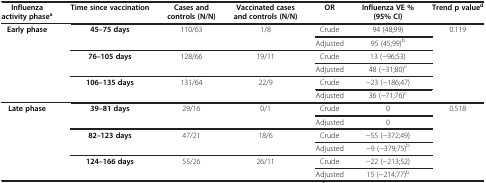
| Influenza activity phasea | Time since vaccination | Cases and controls (N/N) | Vaccinated cases and controls (N/N) | OR | Influenza VE % (95% CI) | Trend p valued |
 | --- | --- | --- | --- | --- | --- | --- |
 | <ROWSPAN=6> Early phase | <ROWSPAN=2> 45–75 days | <ROWSPAN=2> 110/63 | <ROWSPAN=2> 1/8 | Crude | 94 (48;99) | <ROWSPAN=6> 0.119 |
 | Adjusted | 95 (45;99)b |
 | <ROWSPAN=2> 76–105 days | <ROWSPAN=2> 128/66 | <ROWSPAN=2> 19/11 | Crude | 13 (−96;53) |
 | Adjusted | 48 (−31;80)c |
 | <ROWSPAN=2> 106–135 days | <ROWSPAN=2> 131/64 | <ROWSPAN=2> 22/9 | Crude | −23 (−186;47) |
 | Adjusted | 36 (−71;76)c |
 | <ROWSPAN=6> Late phase | <ROWSPAN=2> 39–81 days | <ROWSPAN=2> 29/16 | <ROWSPAN=2> 0/1 | Crude | 0 | <ROWSPAN=6> 0.518 |
 | Adjusted | 0 |
 | <ROWSPAN=2> 82–123 days | <ROWSPAN=2> 47/21 | <ROWSPAN=2> 18/6 | Crude | −55 (−372;49) |
 | Adjusted | −9 (−379;75)b |
 | <ROWSPAN=2> 124–166 days | <ROWSPAN=2> 55/26 | <ROWSPAN=2> 26/11 | Crude | −22 (−213;52) |
 | Adjusted | 15 (−214;77)b |